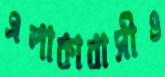
এলাকাবাসীও